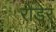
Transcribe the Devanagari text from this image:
रोडेर